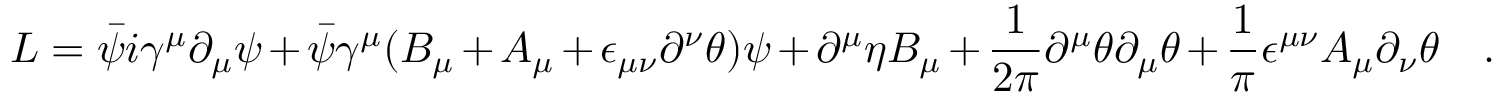
L = \bar { \psi } i \gamma ^ { \mu } \partial _ { \mu } \psi + { \bar { \psi } } \gamma ^ { \mu } ( B _ { \mu } + A _ { \mu } + \epsilon _ { \mu \nu } \partial ^ { \nu } \theta ) \psi + \partial ^ { \mu } \eta B _ { \mu } + \frac { 1 } { 2 \pi } \partial ^ { \mu } \theta \partial _ { \mu } \theta + \frac { 1 } { \pi } \epsilon ^ { \mu \nu } A _ { \mu } \partial _ { \nu } \theta \quad .